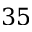
3 5